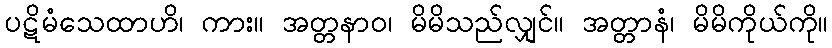
ပဋိမံသေထာဟိ၊ ကား။ အတ္တနာဝ၊ မိမိသည်လျှင်။ အတ္တာနံ၊ မိမိကိုယ်ကို။